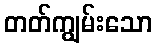
တတ်ကျွမ်းသော